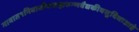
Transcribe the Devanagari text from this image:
गावात१निवासीवबाह्यरुग्णवैद्यकीयसुविधाआहे